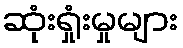
ဆုံးရှုံးမှုများ